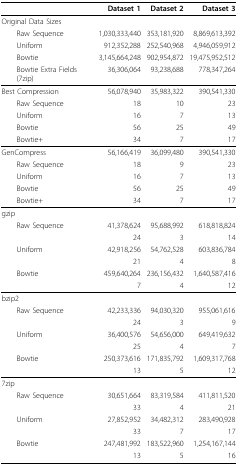
<table><thead><tr><td></td><td><b>Dataset 1</b></td><td><b>Dataset 2</b></td><td><b>Dataset 3</b></td></tr></thead><tbody><tr><td>Original Data Sizes</td><td></td><td></td><td></td></tr><tr><td> Raw Sequence</td><td>1,030,333,440</td><td>353,181,920</td><td>8,869,613,392</td></tr><tr><td> Uniform</td><td>912,352,288</td><td>252,540,968</td><td>4,946,059,912</td></tr><tr><td> Bowtie</td><td>3,145,664,248</td><td>902,954,872</td><td>19,475,952,512</td></tr><tr><td> Bowtie Extra Fields (7zip)</td><td>36,306,064</td><td>93,238,688</td><td>778,347,264</td></tr><tr><td>Best Compression</td><td>56,078,940</td><td>35,983,322</td><td>390,541,330</td></tr><tr><td> Raw Sequence</td><td>18</td><td>10</td><td>23</td></tr><tr><td> Uniform</td><td>16</td><td>7</td><td>13</td></tr><tr><td> Bowtie</td><td>56</td><td>25</td><td>49</td></tr><tr><td> Bowtie+</td><td>34</td><td>7</td><td>17</td></tr><tr><td>GenCompress</td><td>56,166,419</td><td>36,099,480</td><td>390,541,330</td></tr><tr><td> Raw Sequence</td><td>18</td><td>9</td><td>23</td></tr><tr><td> Uniform</td><td>16</td><td>7</td><td>13</td></tr><tr><td> Bowtie</td><td>56</td><td>25</td><td>49</td></tr><tr><td> Bowtie+</td><td>34</td><td>7</td><td>17</td></tr><tr><td>gzip</td><td></td><td></td><td></td></tr><tr><td> Raw Sequence</td><td>41,378,624</td><td>95,688,992</td><td>618,818,824</td></tr><tr><td></td><td>24</td><td>3</td><td>14</td></tr><tr><td> Uniform</td><td>42,918,256</td><td>54,762,528</td><td>603,836,784</td></tr><tr><td></td><td>21</td><td>4</td><td>8</td></tr><tr><td> Bowtie</td><td>459,640,264</td><td>236,156,432</td><td>1,640,587,416</td></tr><tr><td></td><td>7</td><td>4</td><td>12</td></tr><tr><td>bzip2</td><td></td><td></td><td></td></tr><tr><td> Raw Sequence</td><td>42,233,336</td><td>94,030,320</td><td>955,061,616</td></tr><tr><td></td><td>24</td><td>3</td><td>9</td></tr><tr><td> Uniform</td><td>36,400,576</td><td>54,656,000</td><td>649,419,632</td></tr><tr><td></td><td>25</td><td>4</td><td>7</td></tr><tr><td> Bowtie</td><td>250,373,616</td><td>171,835,792</td><td>1,609,317,768</td></tr><tr><td></td><td>13</td><td>5</td><td>12</td></tr><tr><td>7zip</td><td></td><td></td><td></td></tr><tr><td> Raw Sequence</td><td>30,651,664</td><td>83,319,584</td><td>411,811,520</td></tr><tr><td></td><td>33</td><td>4</td><td>21</td></tr><tr><td> Uniform</td><td>27,852,952</td><td>34,482,312</td><td>283,490,928</td></tr><tr><td></td><td>33</td><td>7</td><td>17</td></tr><tr><td> Bowtie</td><td>247,481,992</td><td>183,522,960</td><td>1,254,167,144</td></tr><tr><td></td><td>13</td><td>5</td><td>16</td></tr></tbody></table>